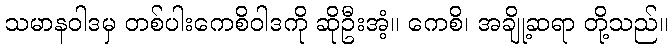
သမာနဝါဒမှ တစ်ပါးကေစိဝါဒကို ဆိုဦးအံ့။ ကေစိ၊ အချို့ဆရာ တို့သည်။